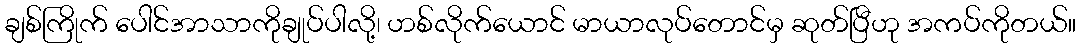
ချစ်ကြိုက် ပေါင်အာသာကိုချုပ်ပါလို့၊ ဟစ်လိုက်ယောင် မာယာလုပ်တောင်မှ ဆုတ်ပြီဟု အကပ်ကိုတယ်။